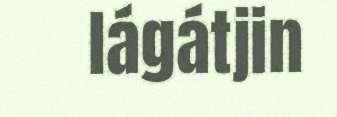
lágátjin